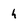
Character: h